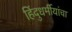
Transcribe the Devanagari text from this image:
हिंदुधर्मीयांचा